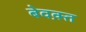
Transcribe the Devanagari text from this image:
बेवक़्त